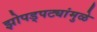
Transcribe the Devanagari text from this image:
झोपड्पट्यांमुळे